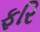
ફરિ